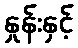
နှုန်းနှင့်